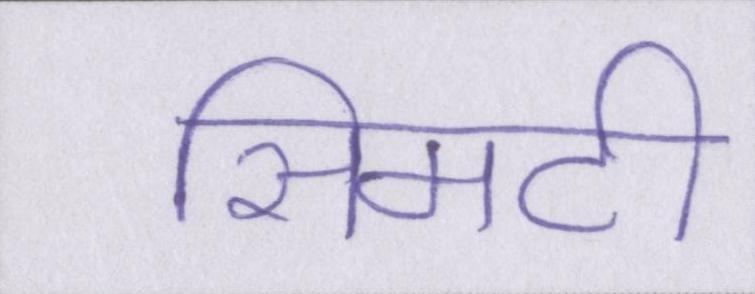
सिमटी